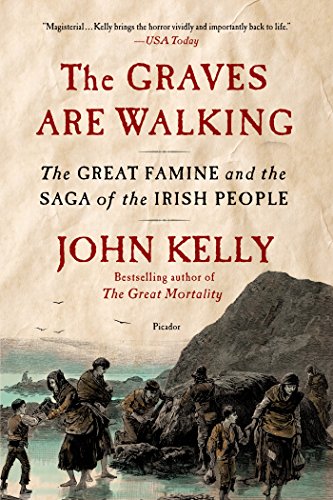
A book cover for The Graves Are Walking: The Great Famine and the Saga of the Irish People; John Kelly; Science & Math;